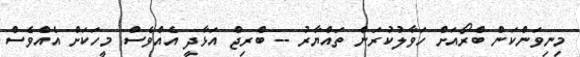
މިނިވަންކަން ބްރޯއަށް ހަވާލުކުރަން ތައްޔާރު -- ބްރިޖް އަޅާދީ އެއްވެސް މީހަކަށް އެއްވެސް